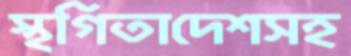
স্থগিতাদেশসহ